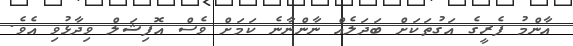
އާންމު ފެރީގެ އަގުތަކަށް ބަދަލެއް ނާންނާނެ ކަމަށް ވެސް އޮފިޝަލް ވިދާޅުވި އެވެ.